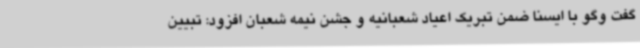
گفت وگو با ایسنا ضمن تبریک اعیاد شعبانیه و جشن نیمه شعبان افزود: تبیین